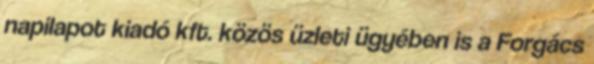
napilapot kiadó kft. közös üzleti ügyében is a Forgács